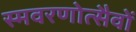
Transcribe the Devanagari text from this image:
स्मवरणोत्सैवों